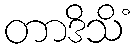
တာဒိသိံ